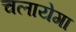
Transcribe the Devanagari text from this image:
चलायेगा